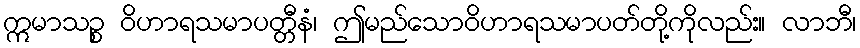
ဣမာသဉ္စ ဝိဟာရသမာပတ္တီနံ၊ ဤမည်သောဝိဟာရသမာပတ်တို့ကိုလည်း။ လာဘီ၊